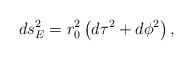
LaTeX: \begin{align*}ds_E^2=r^2_0\left(d\tau^2+d\phi^2\right),\end{align*}